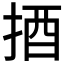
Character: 𢭳